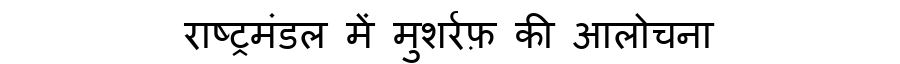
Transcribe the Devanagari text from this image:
राष्ट्रमंडल में मुशर्रफ़ की आलोचना